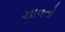
ચાવતો